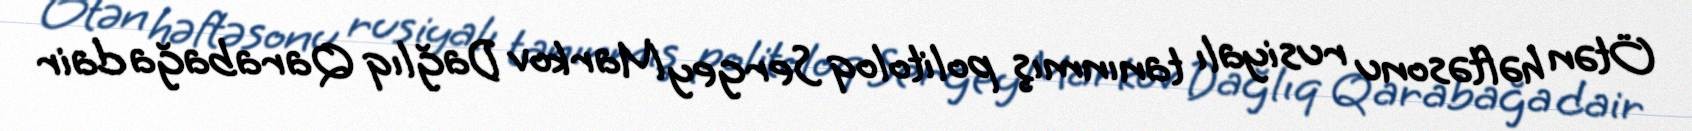
Ötən həftəsonu rusiyalı tanınmış politoloq Sergey Markov Dağlıq Qarabağa dair